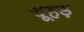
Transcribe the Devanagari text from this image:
चूहड़